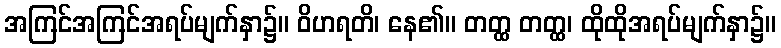
အကြင်အကြင်အရပ်မျက်နှာ၌။ ဝိဟရတိ၊ နေ၏။ တတ္ထ တတ္ထ၊ ထိုထိုအရပ်မျက်နှာ၌။